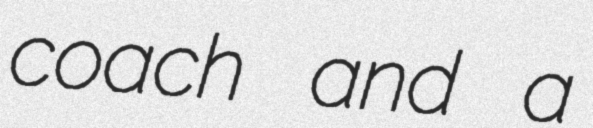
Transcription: coach and a